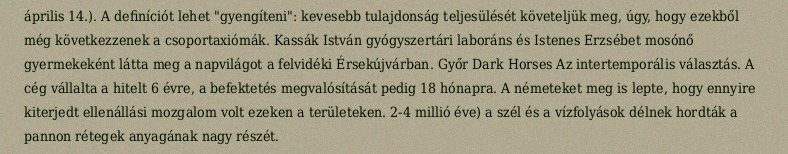
április 14.). A definíciót lehet "gyengíteni": kevesebb tulajdonság teljesülését követeljük meg, úgy, hogy ezekből még következzenek a csoportaxiómák. Kassák István gyógyszertári laboráns és Istenes Erzsébet mosónő gyermekeként látta meg a napvilágot a felvidéki Érsekújvárban. Győr Dark Horses Az intertemporális választás. A cég vállalta a hitelt 6 évre, a befektetés megvalósítását pedig 18 hónapra. A németeket meg is lepte, hogy ennyire kiterjedt ellenállási mozgalom volt ezeken a területeken. 2-4 millió éve) a szél és a vízfolyások délnek hordták a pannon rétegek anyagának nagy részét.